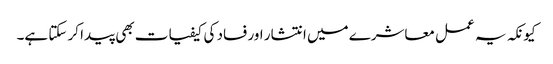
کیونکہ یہ عمل معاشرے میں انتشار اور فساد کی کیفیات بھی پیدا کر سکتا ہے۔